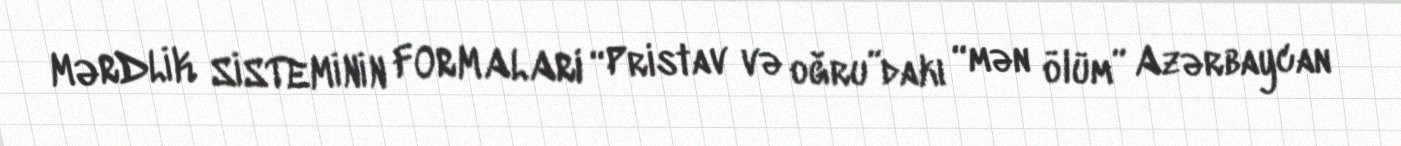
MƏRDLİK SİSTEMİNİN FORMALARI “Pristav və oğru”dakı “mən ölüm” Azərbaycan